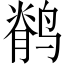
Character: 鹡